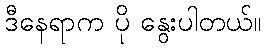
ဒီနေရာက ပို နွေးပါတယ်။